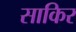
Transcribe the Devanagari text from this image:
साकिर